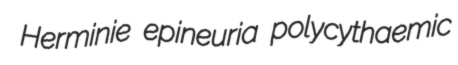
Herminie epineuria polycythaemic